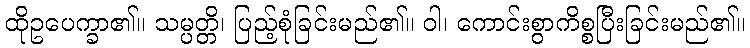
ထိုဥပေက္ခာ၏။ သမ္ပတ္တိ၊ ပြည့်စုံခြင်းမည်၏။ ဝါ၊ ကောင်းစွာကိစ္စပြီးခြင်းမည်၏။